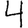
Digit: 4